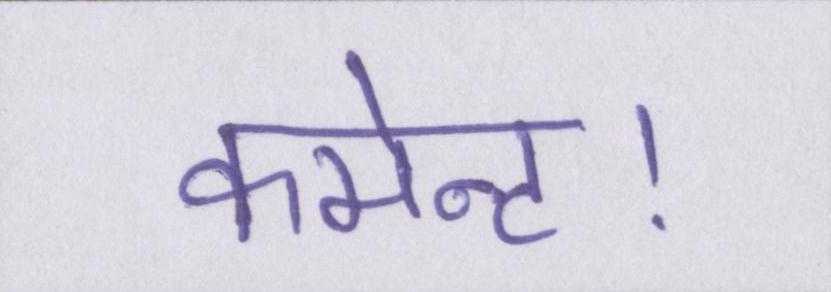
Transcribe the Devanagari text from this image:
कमेन्ट।